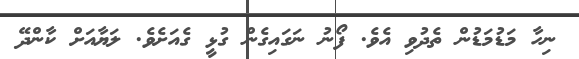
ނިހާ މަޑުމަޑުން ތެދުވި އެވެ. ފޯނު ނަގައިގެން ގުޅީ ގެއަށެވެ. ލަޔާއަށް ކާންދޭ